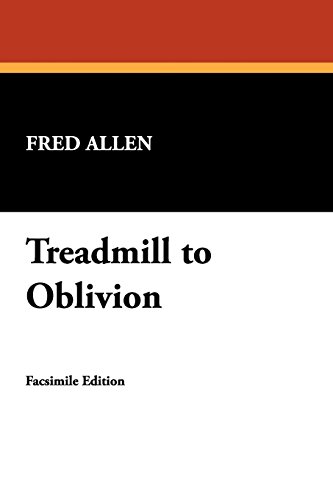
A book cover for Treadmill to Oblivion; Fred Allen; Humor & Entertainment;